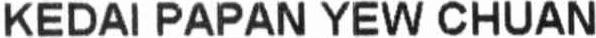
KEDAI PAPAN YEW CHUAN